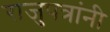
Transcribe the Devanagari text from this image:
राजुपत्रांनी